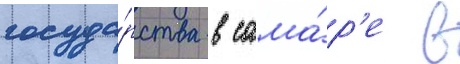
госуда́рства в сама́р'е в